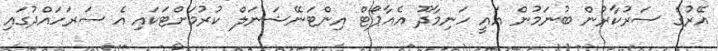
އޭރުގެ ސަރުކާރުން ބުނަމުން އައީ ހަނިމާދޫ އެއާޕޯޓް އިންޓަނޭޝަނަލް ކުރުމަށްޓަކައި އެ ސަރަހައްދުގައި